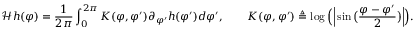
\mathcal { H } h ( \varphi ) = \frac { 1 } { 2 \pi } \int _ { 0 } ^ { 2 \pi } K ( \varphi , \varphi ^ { \prime } ) \partial _ { \varphi ^ { \prime } } h ( \varphi ^ { \prime } ) d \varphi ^ { \prime } , \qquad K ( \varphi , \varphi ^ { \prime } ) \triangleq \log \Big ( \Big | \sin \big ( \frac { \varphi - \varphi ^ { \prime } } { 2 } \big ) \Big | \Big ) .